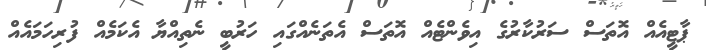
ޕާޓީއެއް އޮތަސް ސަރުކާރުގެ އިވެންޓެއް އޮތަސް އެތަނެއްގައި ހަރުބީ ނެތިއްޔާ އެކަމެއް ފުރިހަމައެއް